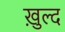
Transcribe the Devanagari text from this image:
ख़ुल्द